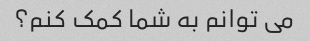
می توانم به شما کمک کنم؟